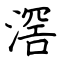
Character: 滘